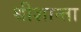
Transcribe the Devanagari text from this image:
श्रीशान्ता